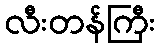
လီးတန်ကြီး